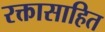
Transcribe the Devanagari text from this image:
रक्तासाहित